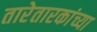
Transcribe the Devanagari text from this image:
तारेतारकांच्या